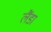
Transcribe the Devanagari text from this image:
लैंडा